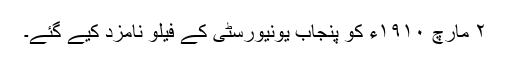
٢ مارچ ١٩١٠ء کو پنجاب یونیورسٹی کے فیلو نامزد کیے گئے۔